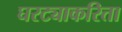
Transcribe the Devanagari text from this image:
घरट्याकरिता